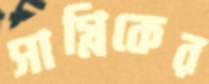
সাগ্নিকের